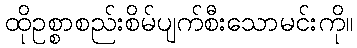
ထိုဥစ္စာစည်းစိမ်ပျက်စီးသောမင်းကို။